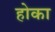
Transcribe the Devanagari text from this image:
होका